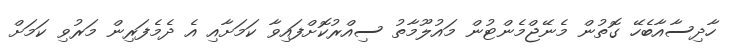
ހާދިސާއާބެހޭ ގޮތުން މެނޭޖްމެންޓުން މައުލޫމާތު ސިއްރުކޮށްފައިވާ ކަމަށާއި އެ ދެމެފަރިން މަރުވި ކަމަށް